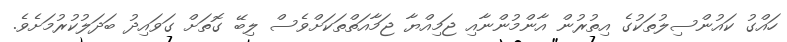
ހައްގު ކައުންސިލުތަކުގެ އިތުރުން އާންމުންނާއި ޖަމިއްޔާ ޖަމާއަތްތަކަށްވެސް ލިބޭ ގޮތަށް ގަވައިދު ބަދަލުކުރުމަށެވެ.